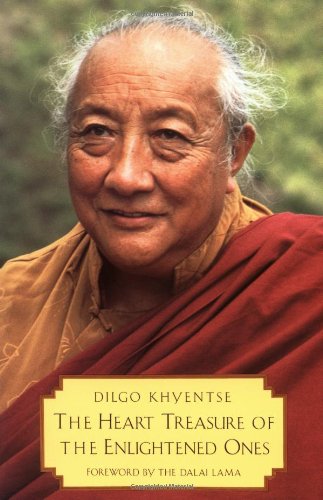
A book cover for The Heart Treasure of the Enlightened Ones: The Practice of View, Meditation, and Action: A Discourse Virtuous in the Beginning, Middle, and End; Patrul Rinpoche; Religion & Spirituality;